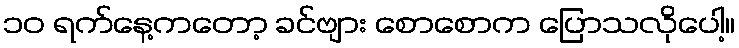
၁၀ ရက်နေ့ကတော့ ခင်ဗျား စောစောက ပြောသလိုပေါ့။